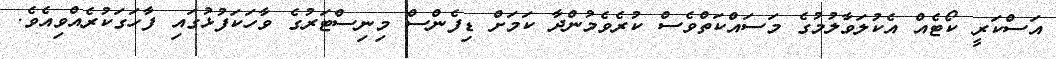
އަސްކަރީ ކޯޓެއް އެކުލަވާލުމުގެ މަސައްކަތްވެސް ކުރެވެމުންދާ ކަމަށް ޑިފެންސް މިނިސްޓަރުގެ ވާހަކަފުޅުގައި ފާހަގަކުރެއްވިއެވެ.